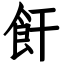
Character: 飦